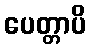
ပေတ္တာပိ